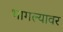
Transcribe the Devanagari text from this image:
भागल्यावर